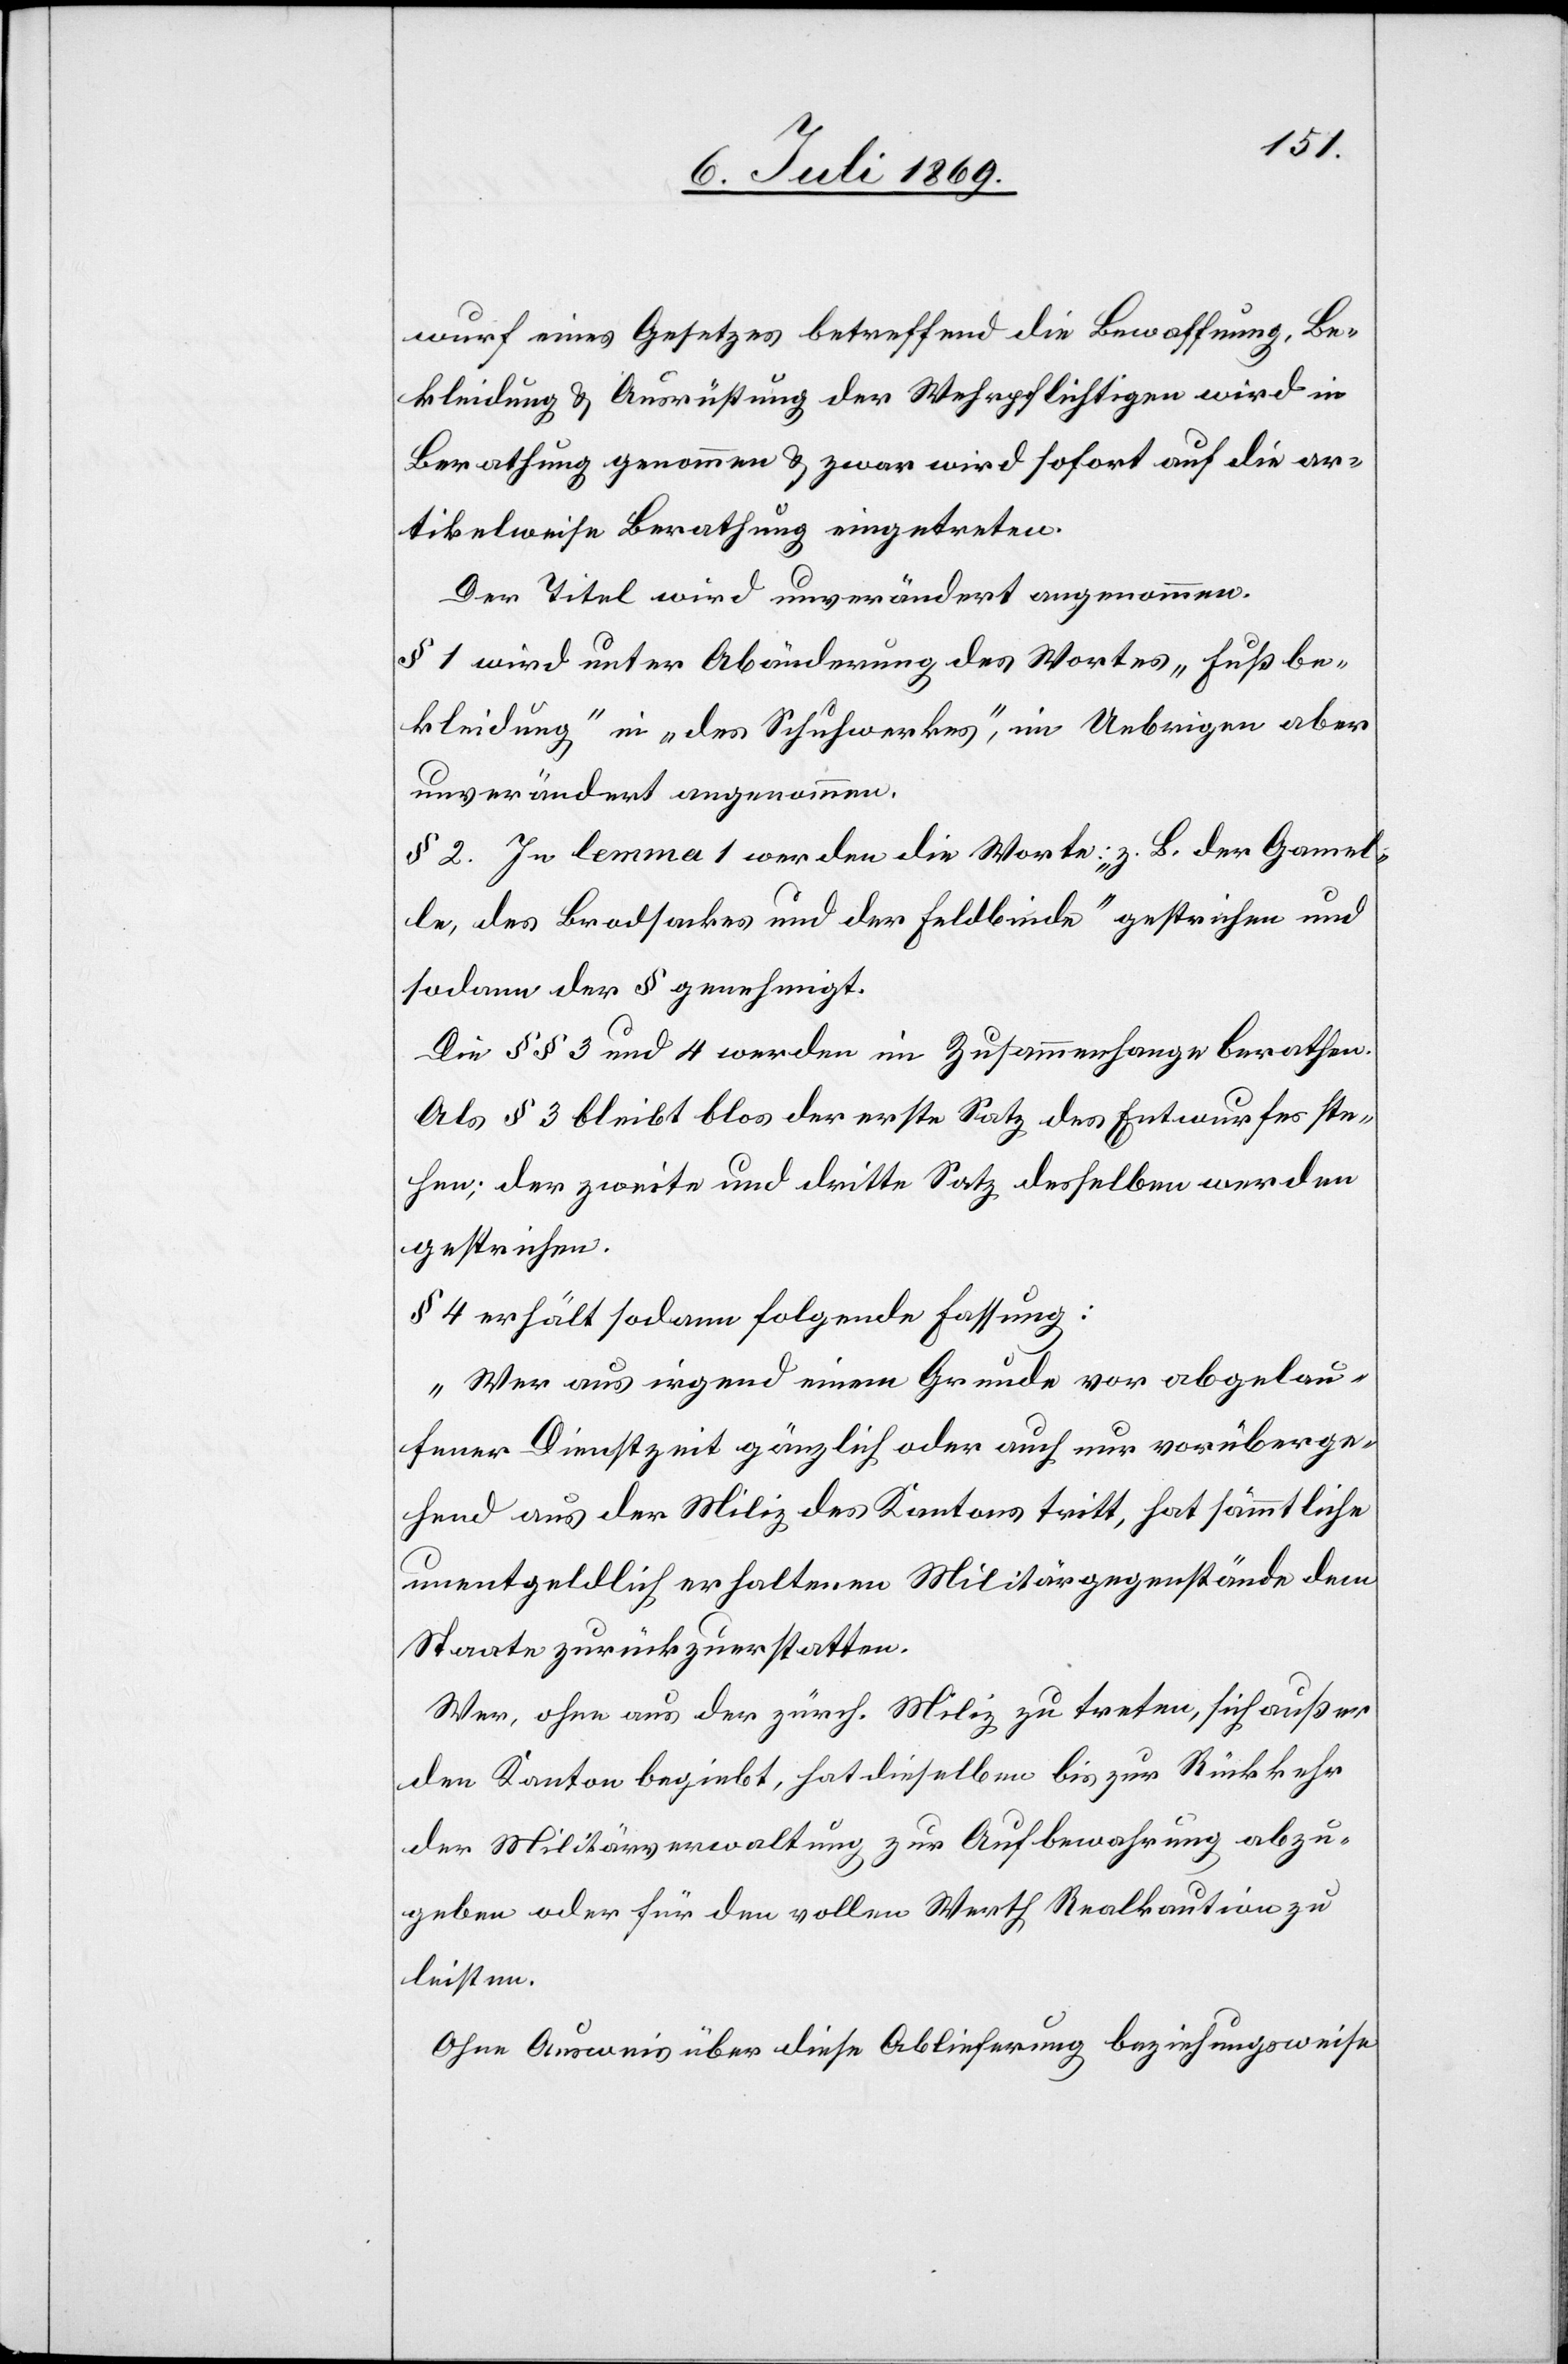
wurf eines Gesetzes betreffend die Bewaffnung, Be¬
kleidung u. Ausrüstung der Wehrpflichtigen wird in
Berathung genommen u. zwar wird sofort auf die ar¬
tikelweise Berathung eingetreten.
Der Titel wird unverändert angenommen.
§ 1 wird unter Abänderung des Wortes „Fußbe¬
kleidung“ in „das Schuhwerk“, im Uebrigen aber
unverändert angenommen.
§ 2. In lemma 1 werden die Worte: „z. B. der Gammel¬
le, des Brodsackes und der Feldbinde“ gestrichen und
sodann der § genehmigt.
Die §§ 3 und 4 werden im Zusammenhange berathen.
Als § 3 bleibt blos der erste Satz des Entwurfes ste¬
hen; der zweite und dritte Satz desselben werden
gestrichen.
§ 4 erhält sodann folgende Fassung:
„Wer aus irgend einem Grunde vor abgelau¬
fener Dienstzeit gänzlich oder auch nur vorüberge¬
hend aus der Miliz des Kantons tritt, hat sämmtliche
unentgeldlich erhaltenen Militärgegenstände dem
Staate zurückzuerstatten.
Wer, ohne aus der zürch. Miliz zu treten, sich außer
den Kanton begiebt, hat dieselben bis zur Rückkehr
der Militärverwaltung zur Aufbewahrung abzu¬
geben oder für den vollen Werth Realkaution zu
leisten.
Ohne Ausweis über diese Ablieferung beziehungsweise